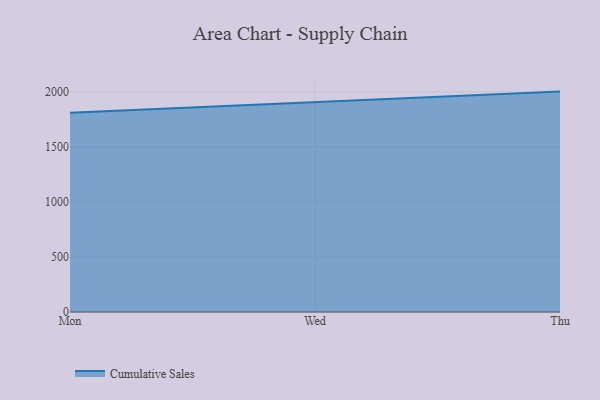
{"axis": {"x": "Day", "y": "Customer Acquisition Cost (USD)"}, "legend": ["Cumulative Sales"], "data": [{"x": "Mon", "y": 1810.3, "type": "Cumulative Sales"}, {"x": "Wed", "y": 1909.4, "type": "Cumulative Sales"}, {"x": "Thu", "y": 2002.8, "type": "Cumulative Sales"}]}